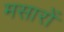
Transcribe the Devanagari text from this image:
मसारों